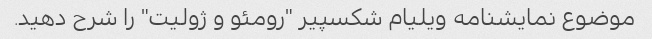
موضوع نمایشنامه ویلیام شکسپیر "رومئو و ژولیت" را شرح دهید.